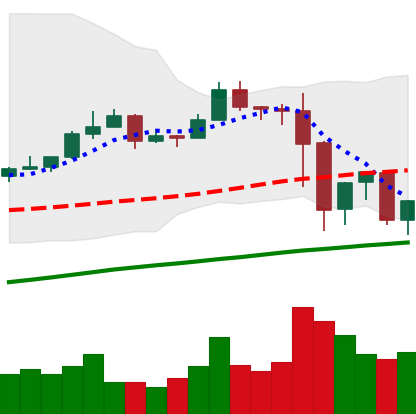
Ticker: EOS-USD
Chart end date: 2019-07-01
Forward return: -4.342%
Label: down_3_5